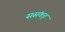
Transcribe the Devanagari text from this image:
ससंकृत